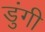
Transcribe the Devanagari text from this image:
डुंगी